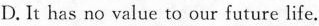
D. It has no value to our future life.